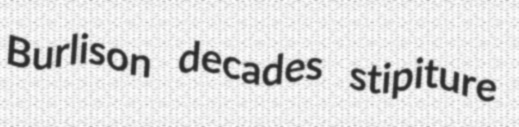
Burlison decades stipiture